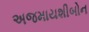
અજમાયશીબોન